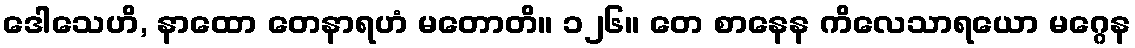
ဒေါသေဟိ, နာထော တေနာရဟံ မတောတိ။ ၁၂၆။ တေ စာနေန ကိလေသာရယော မဂ္ဂေန